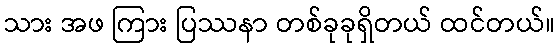
သား အဖ ကြား ပြဿနာ တစ်ခုခုရှိတယ် ထင်တယ်။